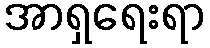
အာရှရေးရာ